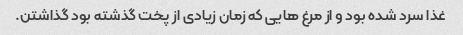
غذا سرد شده بود و از مرغ هایی که زمان زیادی از پخت گذشته بود گذاشتن.